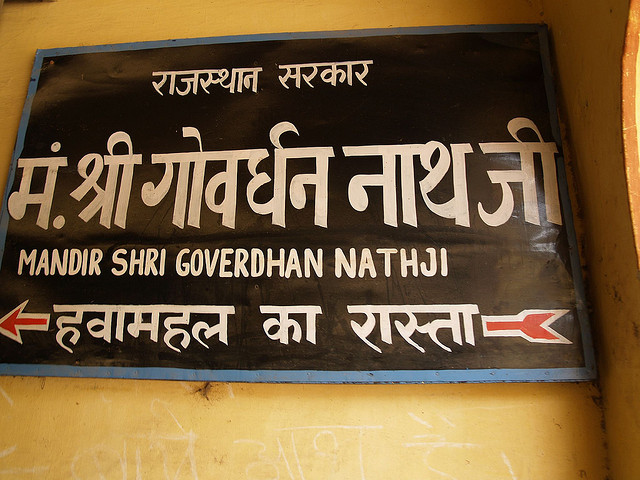
Language: hindi
Transcription: राजस्थान मं श्री गोवर्धन सरकार जी हवामहल का रास्ता नाथ